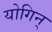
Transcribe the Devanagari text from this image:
योगिन्